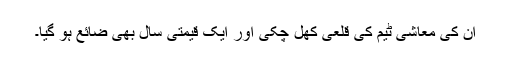
ان کی معاشی ٹیم کی قلعی کھل چکی اور ایک قیمتی سال بھی ضائع ہو گیا۔